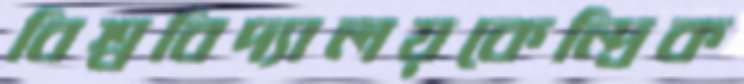
বিশ্ববিদ্যালয়কেন্দ্রিক